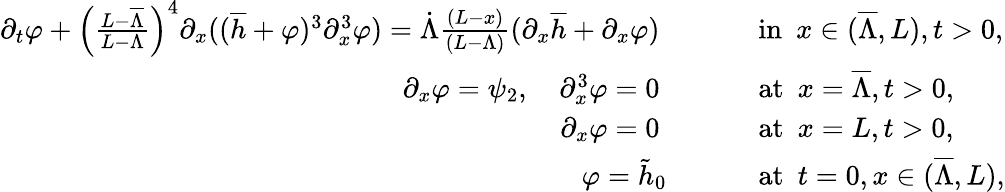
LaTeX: \begin{array}{rl}{\partial_{t}\varphi+\left(\frac{L-\overline{{\Lambda}}}{L-\Lambda}\right)^{4}\partial_{x}((\overline{{h}}+\varphi)^{3}\partial_{x}^{3}\varphi)=\dot{\Lambda}\frac{(L-x)}{(L-\Lambda)}(\partial_{x}\overline{{h}}+\partial_{x}\varphi)\qquad\ }&{\mathrm{~in~}\ x\in(\overline{{\Lambda}},L),t>0,}\\ {\partial_{x}\varphi=\psi_{2},\quad\partial_{x}^{3}\varphi=0\qquad\ }&{\mathrm{~at~}\ x=\overline{{\Lambda}},t>0,}\\ {\partial_{x}\varphi=0\qquad\ }&{\mathrm{~at~}\ x=L,t>0,}\\ {\varphi=\tilde{h}_{0}\qquad}&{\mathrm{~at~}\ t=0,x\in(\overline{{\Lambda}},L),}\end{array}